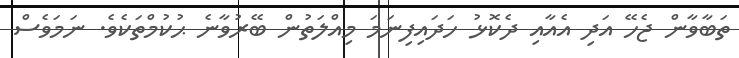
ތަބާވާން ޖެހޭ އަދި އެއާއި ދެކޮޅު ހަދައިފިނަމަ މިއްލަތުން ބޭރުވާނެ ޙުކުމްތަކެވެ. ނަމަވެސް